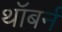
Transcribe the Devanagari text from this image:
थॉबर्न